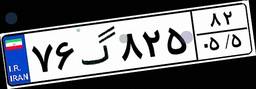
۷۶گ۸۲۵۸۲